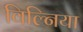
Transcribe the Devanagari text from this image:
विल्निया